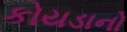
કોયડાનો